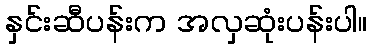
နှင်းဆီပန်းက အလှဆုံးပန်းပါ။